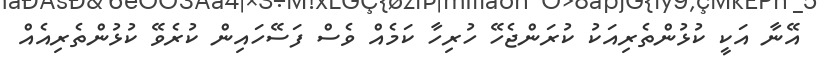
އޭނާ އަކީ ކުޅުންތެރިއަކު ކުރަންޖެހޭ ހުރިހާ ކަމެއް ވެސް ފަސޭހައިން ކުރެވޭ ކުޅުންތެރިއެއް